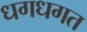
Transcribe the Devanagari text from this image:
धगधगत